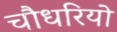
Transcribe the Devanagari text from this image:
चौधरियो